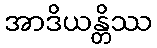
အာဒိယန္တိဿ